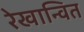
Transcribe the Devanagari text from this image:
रेखान्वित